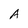
Character: A